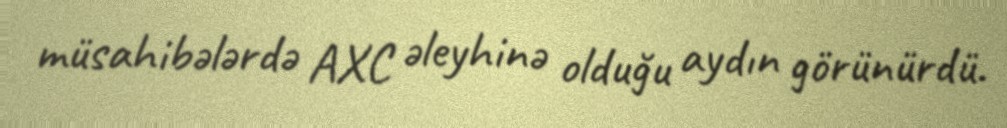
müsahibələrdə AXC əleyhinə olduğu aydın görünürdü.